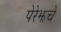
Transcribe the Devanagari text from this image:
पेरेझचे